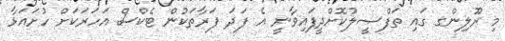
މި ރޫލިންގ ގައި ތަފްޞީލުކޮށްދީފައިވާނީ އެ ފަދަ ފަރާތަކުން ޓެކްސް އަހަރަކަށް ހުށައަޅާ